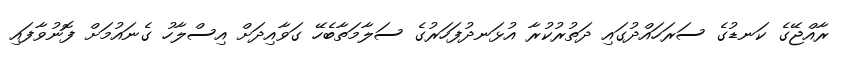
ރާއްޖޭގެ ކަނޑުގެ ސަރަހައްދުގައި ދަތުރުކުރާ އުޅަނދުފަހަރުގެ ސަލާމަތާބެހޭ ގަވާއިދަށް އިސްލާހު ގެނައުމަށް ފޮނުވާފައި